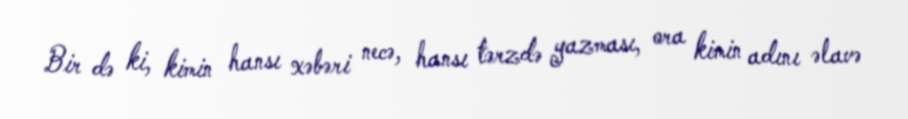
Bir də ki, kimin hansı xəbəri necə, hansı tərzdə yazması, ora kimin adını əlavə